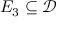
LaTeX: E _ { 3 } \subseteq { \mathcal { D } }